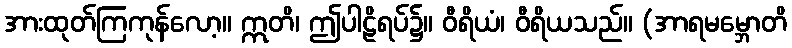
အားထုတ်ကြကုန်လော့။ ဣတိ၊ ဤပါဠိရပ်၌။ ဝီရိယံ၊ ဝီရိယသည်။ (အာရမမ္ဘောတိ